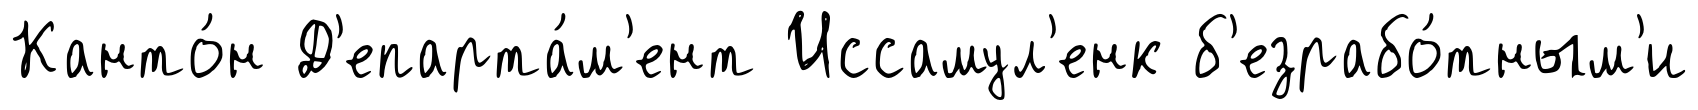
Канто́н Д'епарта́м'ент Иссамул'енк б'езрабо́тным'и